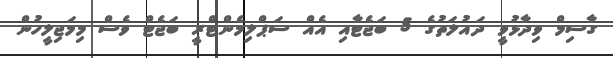
ގާސިމް ވިދާޅުވީ ދައުލަތުގެ 5 ބަޖެޓާއި އެއް ސަޕްލިމެންޓްރީ ބަޖެޓް ވެސް މިމަޖިލީހުން